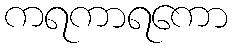
ကရကာရကော